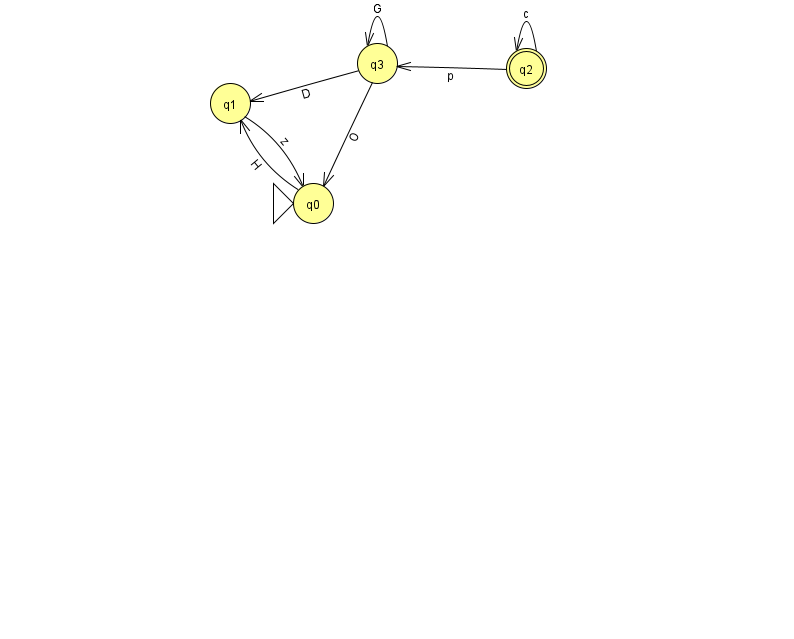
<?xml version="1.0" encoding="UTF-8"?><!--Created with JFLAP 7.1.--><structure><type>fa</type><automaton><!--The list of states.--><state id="0" name="q0"><x>313.0</x><y>190.0</y><initial/></state><state id="1" name="q1"><x>230.0</x><y>90.0</y></state><state id="2" name="q2"><x>526.0</x><y>55.0</y><final/></state><state id="3" name="q3"><x>377.0</x><y>50.0</y></state><!--The list of transitions.--><transition><from>2</from><to>2</to><read>c</read></transition><transition><from>0</from><to>1</to><read>H</read></transition><transition><from>2</from><to>3</to><read>p</read></transition><transition><from>1</from><to>0</to><read>z</read></transition><transition><from>3</from><to>3</to><read>G</read></transition><transition><from>3</from><to>1</to><read>D</read></transition><transition><from>3</from><to>0</to><read>O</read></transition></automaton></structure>